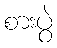
စားပွဲ